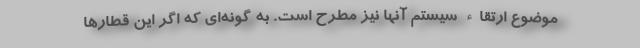
موضوع ارتقاء سیستم آنها نیز مطرح است. به گونه‌ای که اگر این قطارها